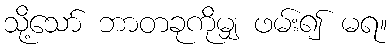
သို့သော် ဘာတခုကိုမျှ ဖမ်း၍ မရ။